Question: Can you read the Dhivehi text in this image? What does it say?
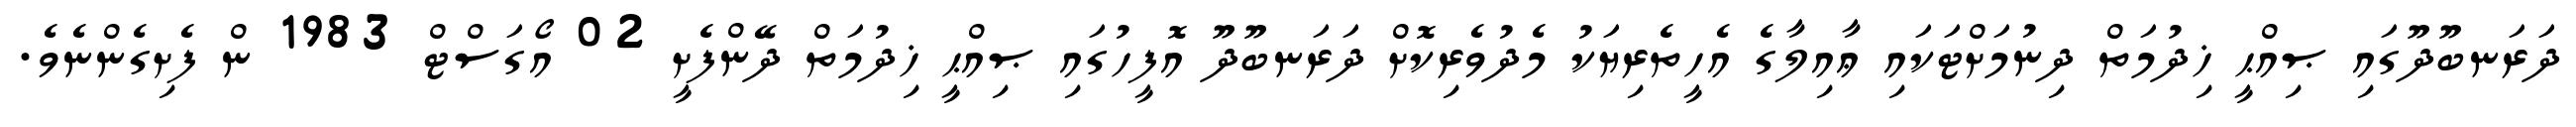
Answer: ދަރަނބޫދޫގައި ޞިއްޙީ ޚިދުމަތް ދިނުމަށްޓަކައި ޢާއިލާގެ އެހީތެރިޔަކު މެދުވެރިކޮށް ދަރަނބޫދޫ އޮފީހުގައި ޞިއްޙީ ޚިދުމަތް ދޭންފެށީ 02 އޯގަސްޓް 1983 ން ފެށިގެންނެވެ.